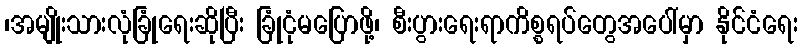
၊အမျိုးသားလုံခြုံရေးဆိုပြီး ခြုံငုံမပြောဖို့၊ စီးပွားရေးရာကိစ္စရပ်တွေအပေါ်မှာ နိုင်ငံရေး